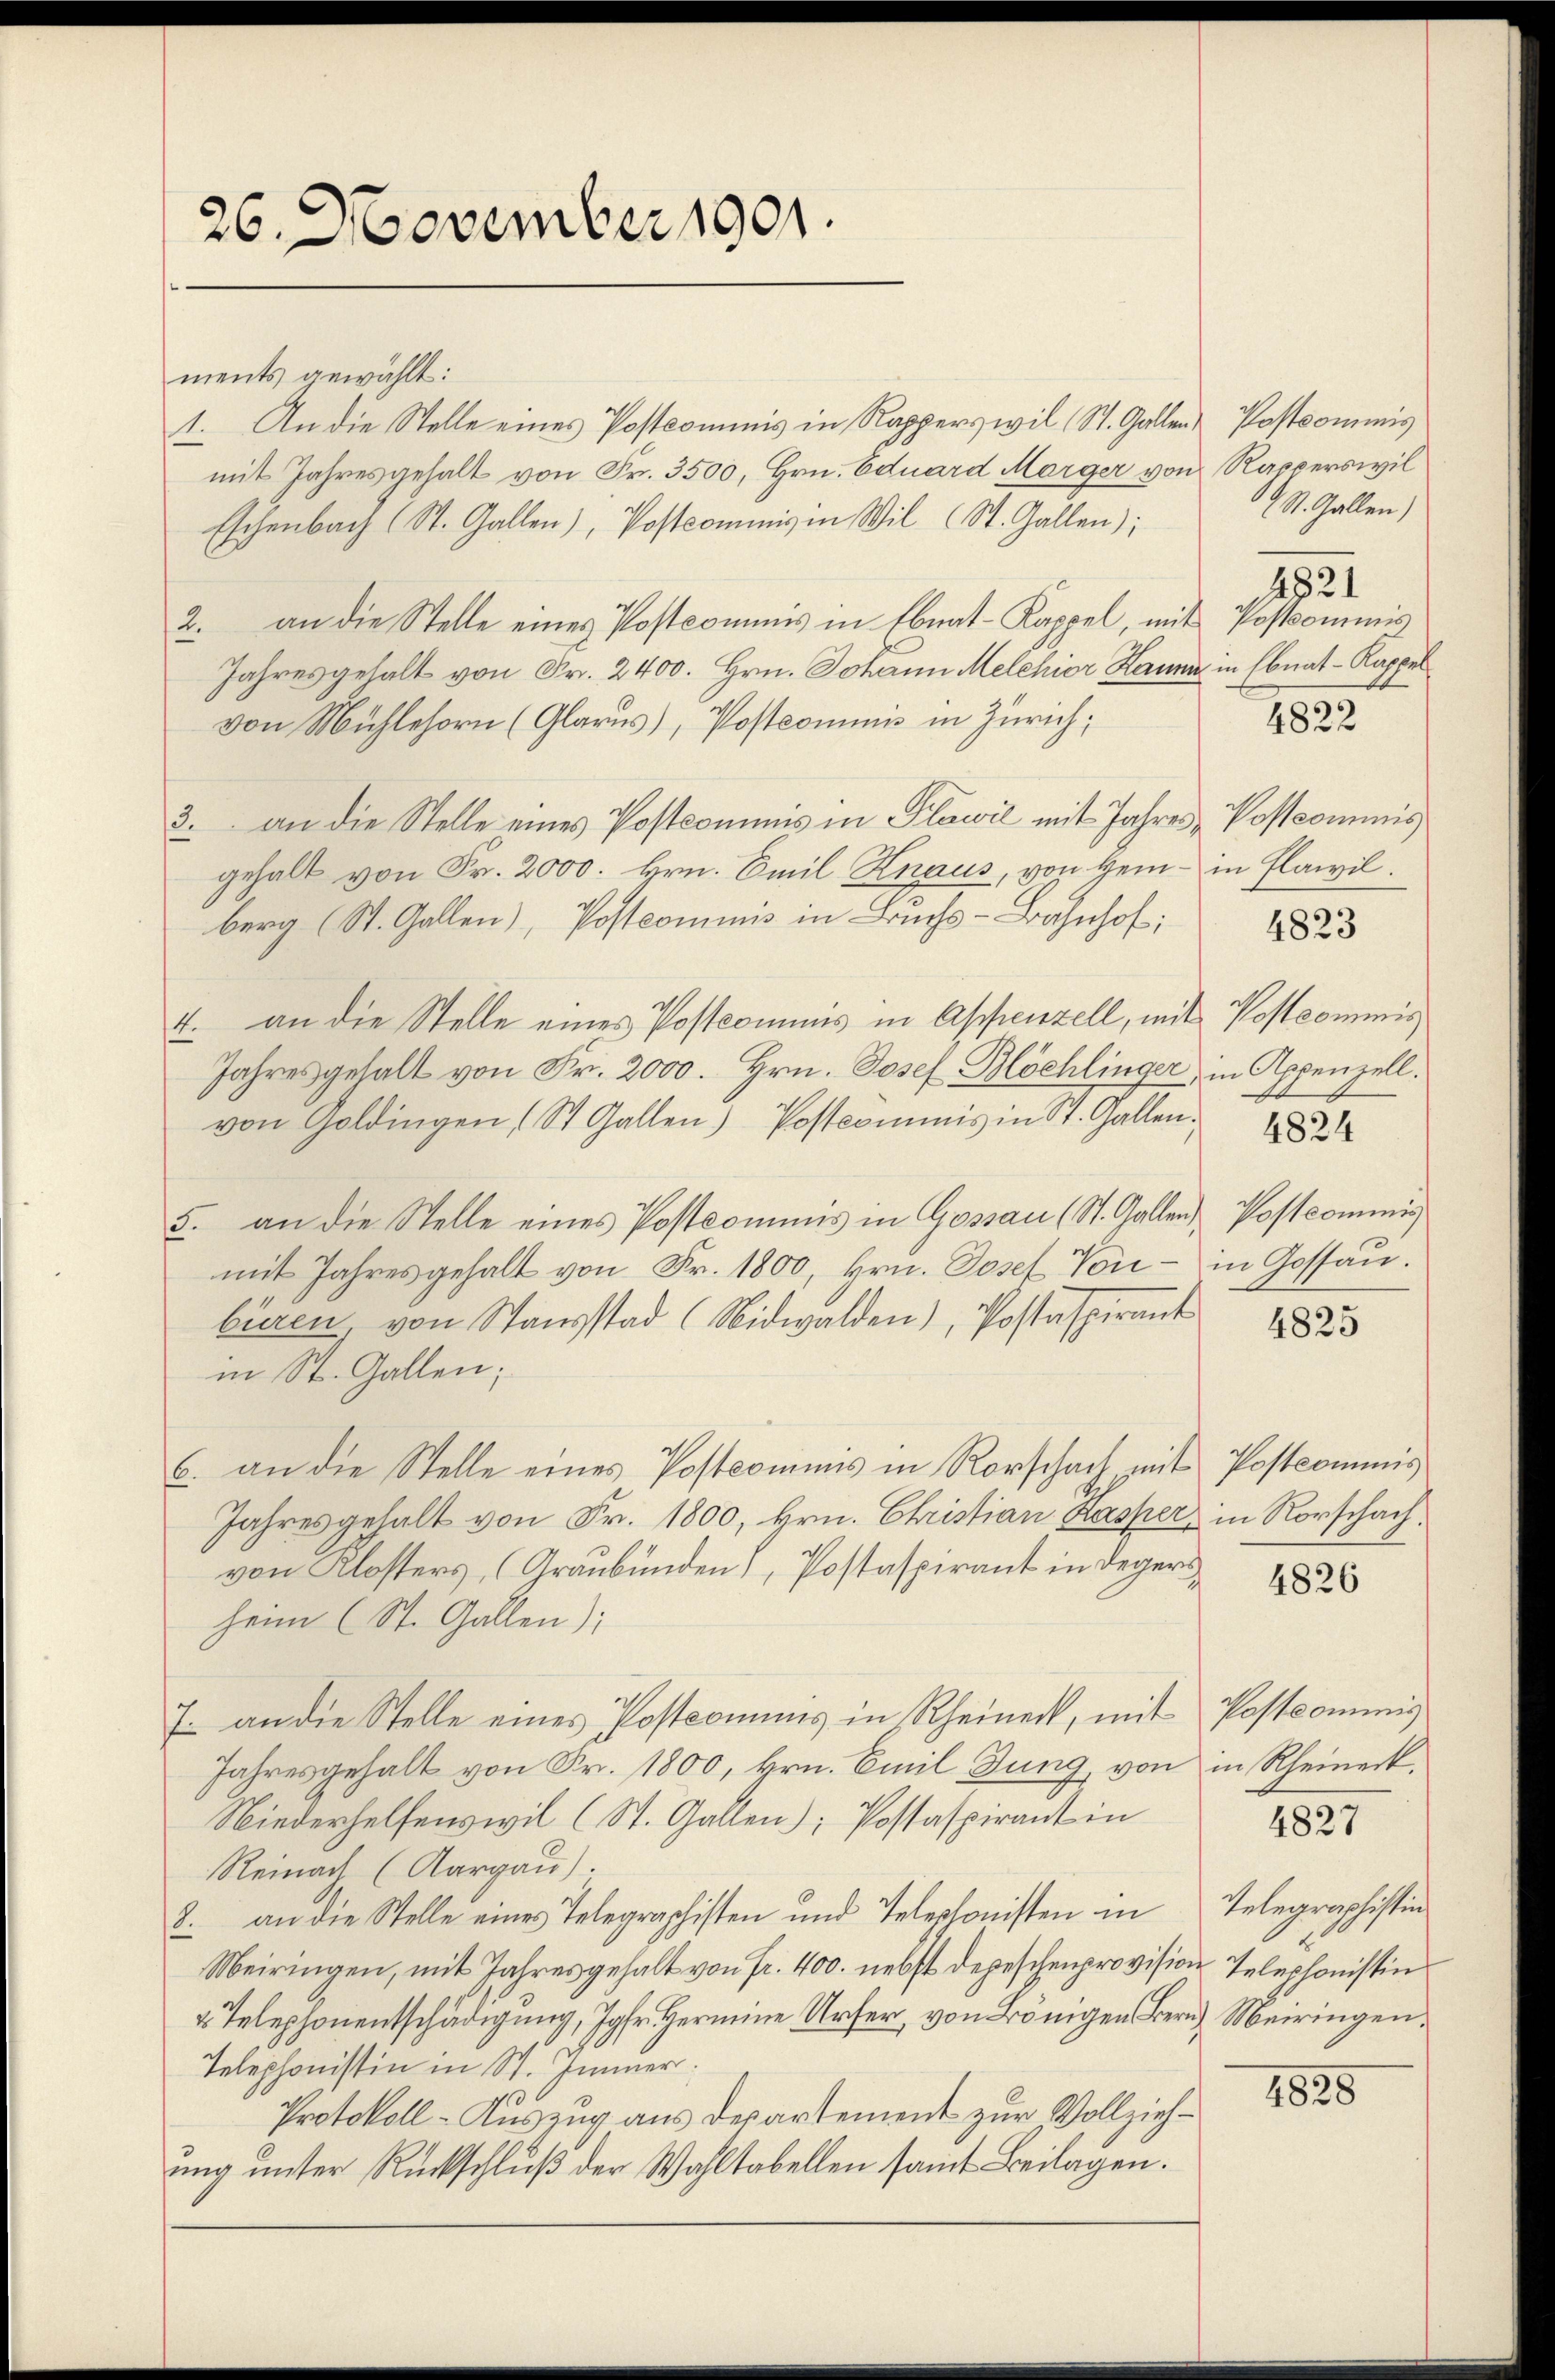
26. November 1901.

ments gewählt:
1. An die Stelle eines Postcommis in Rapperswil (St. Gallen Postcommis
mit Jahresgehalt von Fr. 3500, Hrn. Eduard Morger von Rapperswil
Eschenbach (St. Gallen), Postcommis in Wil (St. Gallen);
2. an die Stelle eines Postcommis in Ebnat-Kappel, mit Postcommis
Jahresgehalt von Fr. 2400. Hrn. Johann Melchior Kann in Ebnat-Kappel
von Mühlehorn (Glarus), Postcommis in Zürich;
3. an die Stelle eines Postcommis in Plawil mit Jahres Postcommis
gehalt von Fr. 2000. Hrn. Emil Knaus, von Hein- in Flawil.
berg (St. Gallen), Postcommis in Bruchs-Bahnhof,
4. an die Stelle eines Postcommis in Appenzell, mit
Jahresgehalt von Fr. 2000. Hrn. Josef Blöchlinger, in Appenzell.
von Goldingen (St. Gallen) Postcommis in St. Gallen.
5. an die Stelle eines Postkommis in Gossau (St. Gallen
mit Jahres gehalt von Fr. 1800, Hrn. Josef Von - in Gossau.
biren, von Stausstad (Nidwalden), Postaspirant
in St. Gallen;
6. an die Stelle eines Postcomins in Rorschach mit Postcommis
Jahresgehalt von Fr. 1800, Hrn. Christian Kasper, in Rorschach.
von Klosters, (Graubünden), Postaspirant in Degeri
heim (St. Gallen);
7. an die Stelle eines Postcomins in Rheinert, mit Postcommis
Jahresgehalt von Fr. 1800, Hrn. Emil Jung, von in Rheineck.
Niederhelfenswil (St. Gallen); Postaspirant in
Reinach (Aargau).
8. an die Stelle eines Telegraphisten und Telephonisten in Telegraphistin
Meiringen, mit Jahres gehalt von fr. 400. nebst Depeschenprovision Telephonistin
2. Telephonentschädigung, Jgfr. Hermine Urser, von Bönigen Bern Meiringen,
Telephonistin in St. Immer.
Protokoll-Auszug aus des artement zur Vollziehung unter Rückschluß der Wahltabellen samt Beilagen.

St. Gallen)
1821

1822

4823

Postkommis
4824

Postcommis

4825

4826

4827

1828